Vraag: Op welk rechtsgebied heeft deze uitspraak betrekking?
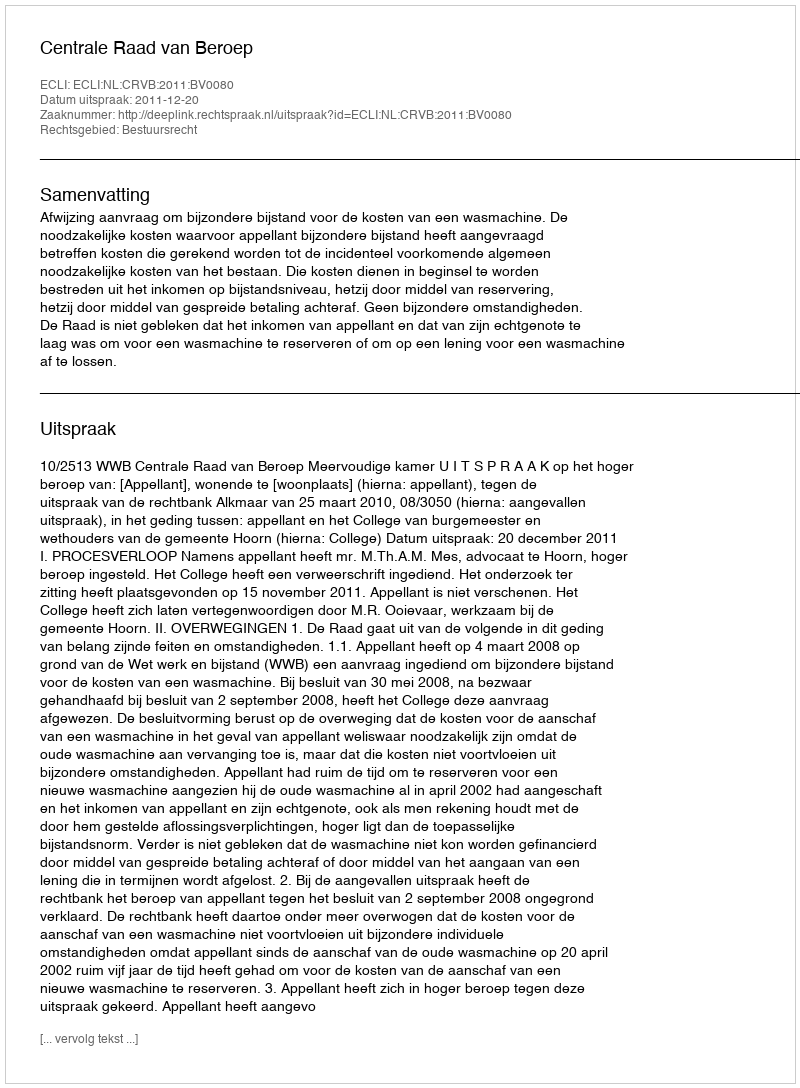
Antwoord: Bestuursrecht